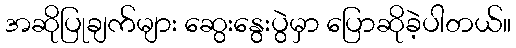
အဆိုပြုချက်များ ဆွေးနွေးပွဲမှာ ပြောဆိုခဲ့ပါတယ်။